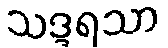
သဒ္ဒရသာ